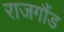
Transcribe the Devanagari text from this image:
राजगौंड